Scottish Leaving Certificate Examination, 1951
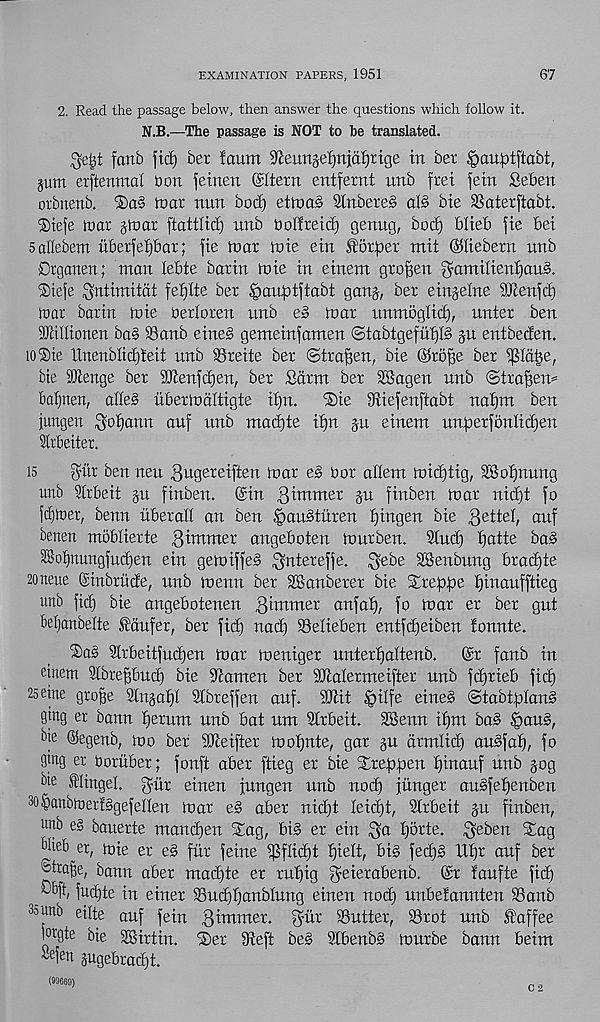
EXAMINATION PAPERS, 1951
67
2. Read the passage below, then answer the questions which follow it.
N.B.—The passage is NOT to be translated.
Qi'tst fanb fid) ber faum 9ceim3el)it}dl)tige in bet .^auptftabt,
pm erftenmal bon fetnen ©Item entfernt unb fret fein Sebert
orbnenb.
mat nun bod) ettoab SCnbeteS a(§ bte SSatetftabt.
Diefe mar jmat ftattlid) nnb bolfreid) genug, bod) blteb fie bei
sallebem uberfeijbat; fie mat mte etn forget mit ©itebetn nnb
Drganen; man lebte batin mte in einem gtogen gamilierdjaus.
®iefe Shtimitcit feijlte bet |)au^tftabt ganj, bet einpine 9Jlenfd)
mar barin mie oetloren unb e» mat unmoglid), untet ben
SJltllionen ba§ 93anb eine§ gemeinfamen 'Stabtgefitfjlo gtt entbeden.
loSte Unenblidjieit unb Steite ber ©trafien, bie ©toge ber ^Id^e,
bte STcenge bet 9Kenfd)en, bet fiatm bet SKagen unb ©ttajieru
ba^nen, alle§ ubermdltigte i£)n.
®ie 9fiiefen[iabt nafjm ben
jungen $oi)ann auf unb mad)te i()it gu einem un)ierfonIid)en
dtbeiiet.
is
gut ben neu ^ugeteiften mar e§ oot adem mid)tig, 3®oi)nung
unb Irbeit p finben. @in dimmer §u finben mat nidjt fo
fd)mer, benn ubetad an ben §aubtuten f)ingen bie gettel, auf
benen mobliette ffimmet angeboten mutben. 9Iud) ijatte ba§
28of)nungfud)en ein gemiffe§ ^nteteffe. ^ebe SKenbung £uad)te
2oneue (ginbrude, unb menu bet SBanberet bie STre^^e ijinaufftieg
unb fid) bie angebotenen 3burner anfaf), fo mar et ber gut
Mjanbelte faufer, bet fit^ nad) SSelieben entfdjeiben fonnte.
®as 2lrbeitfud)en mat meniger untetfjaltenb.
@t fanb in
etnem Slbtepud) bie tauten bet SSJialermeiftet unb fd)tieb fid)
25etne gtoge 9lnpt)I Sfbteffen auf. SDtit ^>ilfe eineS ©tabtglanS
gtng et bann Return unb bat um Strbeit. SSenn ifjm bad ,§aud,
bte ©egenb, mo bet dfteiftet mof)nte, gat §u cttmlid) ausfaf), fo
9tng er Ooruber; fonft abet ftieg et bie Stephen f)inauf unb §og
bte Slingel. gut etnen fungen unb nod) junget audfetjenbeu
30§anbmet!dgefeIIen mat e§ abet nid)t leidjt, 2trbeit ju finben,
unb e§ bauerte mandjen Sag, bid et ein ga fjotte. geben Sag
biieb er, mie et e§ fur feine i]3flid)t tjielt, bid fed)d Ut)t auf ber
® tra Be, bann abet mad)te et tufjig geietabenb. @t faufte fib^
-bit, fudjte in einet Sud)f)anblung einen nod) unbetannten ®anb
Sounb eilte auf fein gimmer. gut SSutter, 93tot unb faffee
loigte bie SSirtin. Set 9ieft bed SCbenbd murbe bann beim
" e ien pgebrad)t.